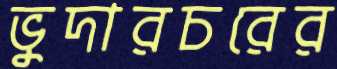
ভুদারচরের